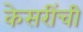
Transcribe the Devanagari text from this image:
केसरींची